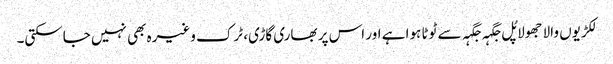
لکڑیوں والا جھولا پُل جگہہ جگہہ سے ٹوٹا ہوا ہے اور اس پر بھاری گاڑی، ٹرک وغیرہ بھی نہیں جاسکتی۔